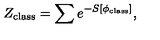
Z _ { \mathrm { c l a s s } } = \sum e ^ { - S [ \phi _ { \mathrm { c l a s s } } ] } ,